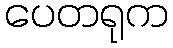
ပေတရုက